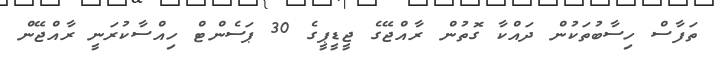
ތަފާސް ހިސާބުތަކުން ދައްކާ ގޮތުން ރާއްޖޭގެ ޖީޑީޕީގެ 30 ޕަސެންޓް ހިއްސާކުރަނީ ރާއްޖޭން